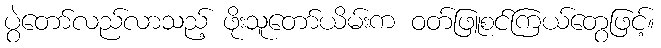
ပွဲတော်လည်လာသည့် ဖိုးသူတော်ယိမ်းက ဝတ်ဖြူစင်ကြယ်တွေဖြင့်။